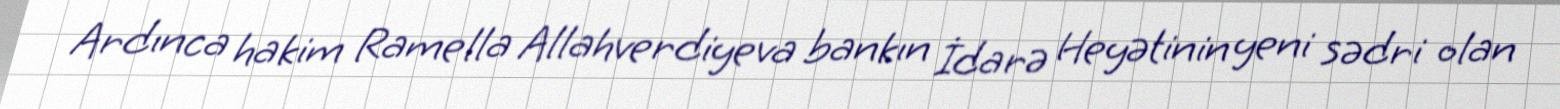
Ardınca hakim Ramella Allahverdiyeva bankın İdarə Heyətinin yeni sədri olan